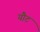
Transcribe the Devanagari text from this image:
यौट